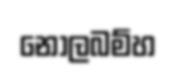
නොලබම්හ